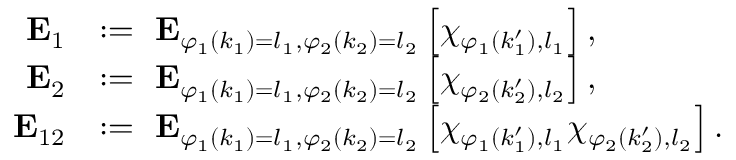
\begin{array} { r l } { \mathrm { \bf ~ E } _ { 1 } } & { : = \mathrm { \bf ~ E } _ { \varphi _ { 1 } ( k _ { 1 } ) = l _ { 1 } , \varphi _ { 2 } ( k _ { 2 } ) = l _ { 2 } } \left[ \chi _ { \varphi _ { 1 } ( k _ { 1 } ^ { \prime } ) , l _ { 1 } } \right] , } \\ { \mathrm { \bf ~ E } _ { 2 } } & { : = \mathrm { \bf ~ E } _ { \varphi _ { 1 } ( k _ { 1 } ) = l _ { 1 } , \varphi _ { 2 } ( k _ { 2 } ) = l _ { 2 } } \left[ \chi _ { \varphi _ { 2 } ( k _ { 2 } ^ { \prime } ) , l _ { 2 } } \right] , } \\ { \mathrm { \bf ~ E } _ { 1 2 } } & { : = \mathrm { \bf ~ E } _ { \varphi _ { 1 } ( k _ { 1 } ) = l _ { 1 } , \varphi _ { 2 } ( k _ { 2 } ) = l _ { 2 } } \left[ \chi _ { \varphi _ { 1 } ( k _ { 1 } ^ { \prime } ) , l _ { 1 } } \chi _ { \varphi _ { 2 } ( k _ { 2 } ^ { \prime } ) , l _ { 2 } } \right] . } \end{array}